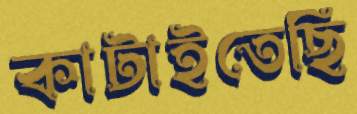
কাটাইতেছি